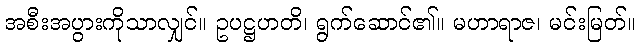
အစီးအပွားကိုသာလျှင်။ ဥပဋ္ဌဟတိ၊ ရွက်ဆောင်၏။ မဟာရာဇ၊ မင်းမြတ်။